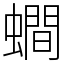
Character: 𧒄